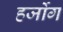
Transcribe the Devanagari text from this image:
हर्जोग